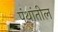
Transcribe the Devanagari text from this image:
पंथांतील